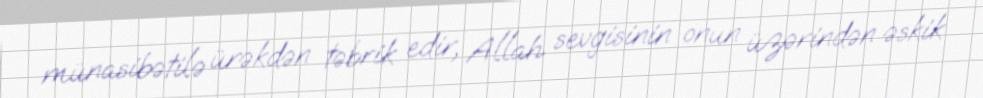
münasibətilə ürəkdən təbrik edir, Allah sevgisinin onun üzərindən əskik